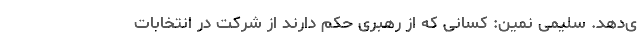
ی‌دهد. سلیمی نمین: کسانی که از رهبری حکم دارند از شرکت در انتخابات